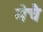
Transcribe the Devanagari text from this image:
मेचै